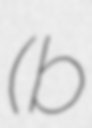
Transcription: (b